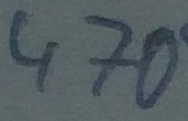
Text: 470